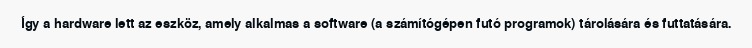
Így a hardware lett az eszköz, amely alkalmas a software (a számítógépen futó programok) tárolására és futtatására.